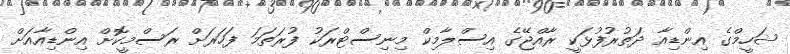
ޝަހީމްގެ އިންޑިއާ ދަތުރުފުޅަކީ ރާއްޖޭގެ އިސްލާމިކް މިނިސްޓްރަކު ފުރަތަމަ ފަހަރަށް ރަސްމީކޮށް އިންޑިއާއަށް